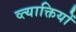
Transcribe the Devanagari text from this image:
व्त्याक्तियों